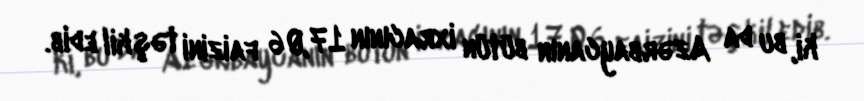
ki, bu da Azərbaycanın bütün ixracının 17,06 faizini təşkil edib.